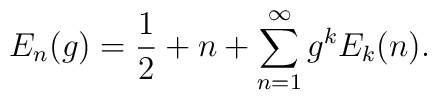
E_{n}(g)=\frac{1}{2}+n+\sum _{n=1}^{\infty }g^{k}E_{k}(n).